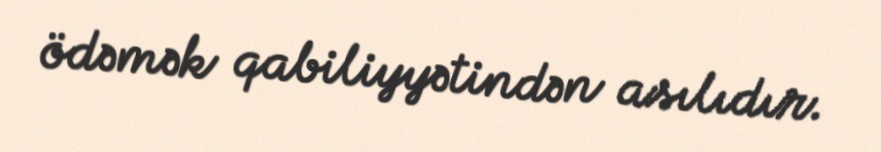
ödəmək qabiliyyətindən asılıdır.